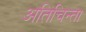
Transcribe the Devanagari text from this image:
अतिचिन्ता